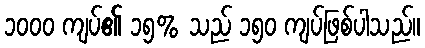
၁၀၀၀ ကျပ်၏ ၁၅% သည် ၁၅၀ ကျပ်ဖြစ်ပါသည်။